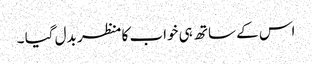
اس کے ساتھ ہی خواب کا منظر بدل گیا ۔